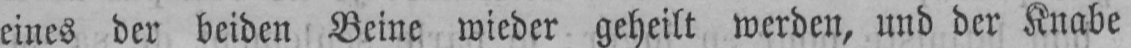
eines der beiden Beine wieder geheilt werden, und der Knabe